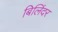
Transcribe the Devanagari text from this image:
बिलिंदर